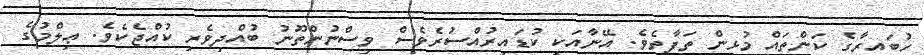
ހުބައިރާގެ ކަންތައް މުޅިން ތަފާތެވެ. އޭނާއަކީ ކުޑައިރުއްސުރެވެސް ވިސްނުންތޫނު ބުއްދިވެރި ކުއްޖެކެވެ. ޢިލްމުގެ